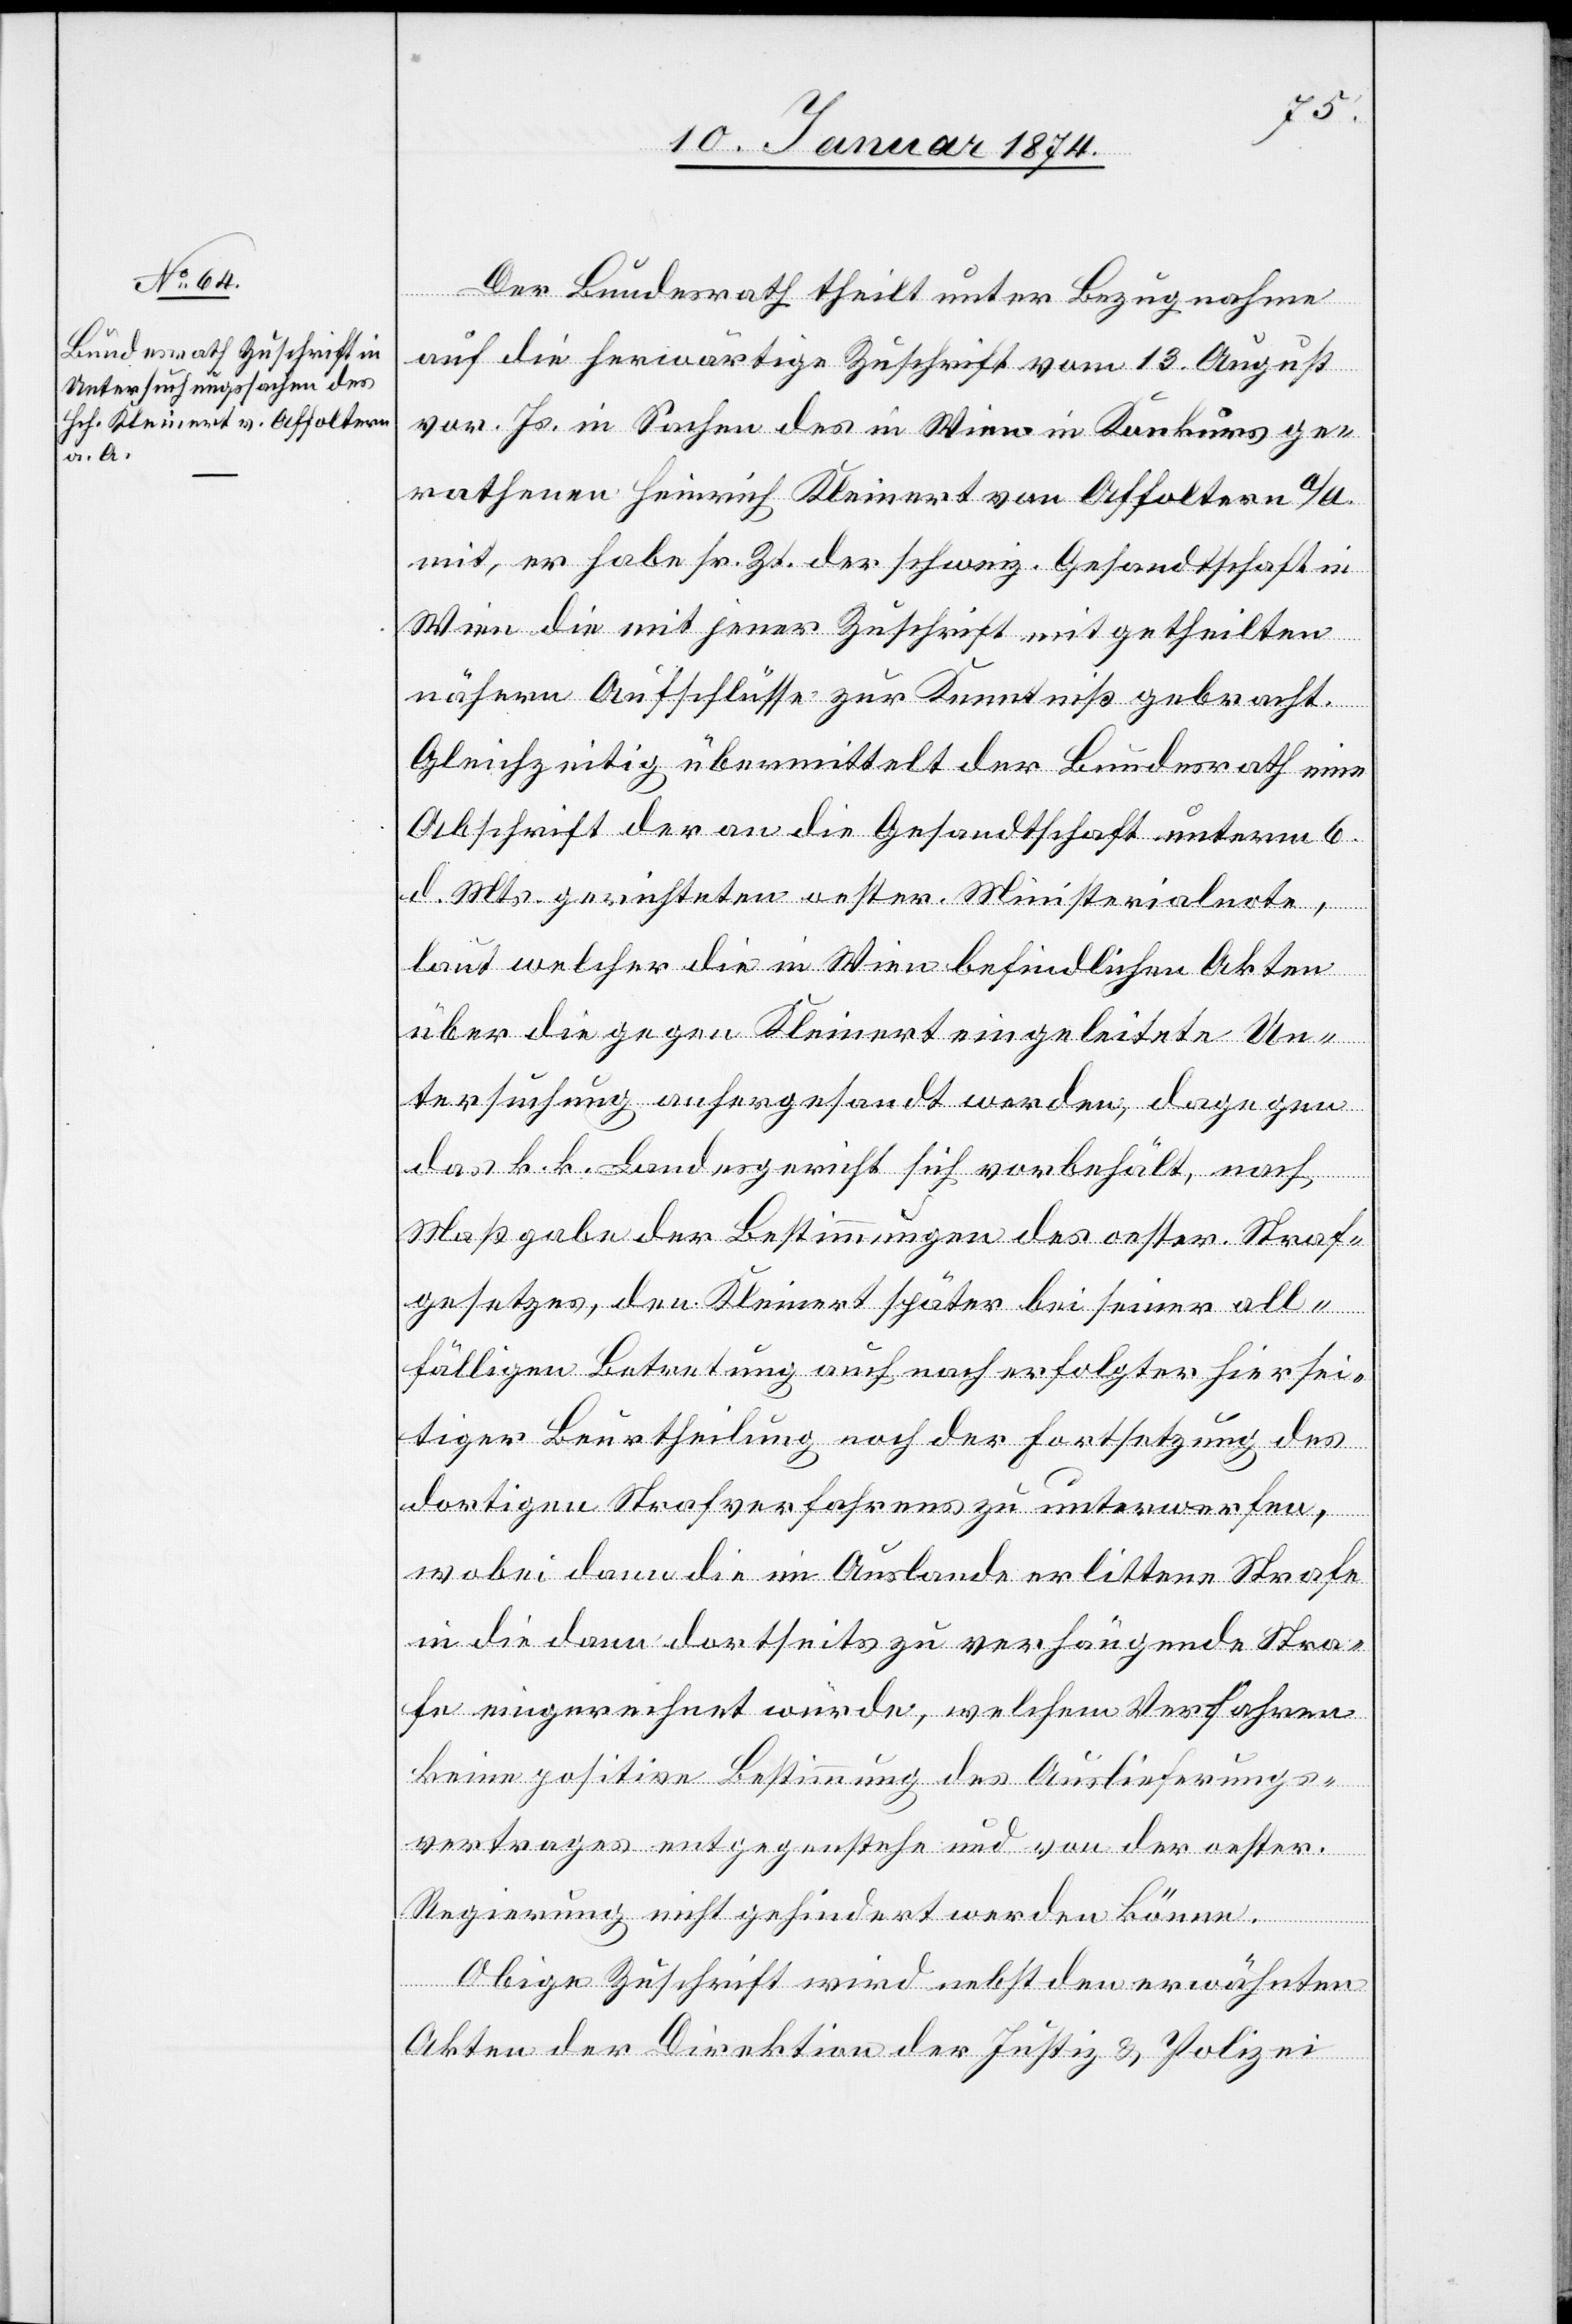
15. Januar 1874.]
Der Bundesrath theilt unter Bezugnahme
auf die herwärtige Zuschrift vom 13. August
vor. Js. in Sachen des in Wien in Konkurs ge¬
rathenen Heinrich Kleinert von Affoltern a/A.
mit, er habe sr. Zt. der schweiz. Gesandtschaft in
Wien die mit jener Zuschrift mitgetheilten
nähern Aufschlüsse zur Kenntniß gebracht.
Gleichzeitig übermittelt der Bundesrath eine
Abschrift der an die Gesandtschaft unterm 6.
d. Mts. gerichteten ersten Ministerialnote,
laut welcher die in Wien befindlichen Akten
über die gegen Kleinert eingeleitete Un¬
tersuchung anhergesandt werden, dagegen
das k. k. Bundesgericht sich vorbehält, nach
Maßgabe der Bestimmungen des oester. Straf¬
gesetzes, den Kleinert später bei seiner all¬
fälligen Betretung auch nach erfolgter hiersei¬
tiger Beurtheilung noch der Fortsetzung des
dortigen Strafverfahrens zu unterwerfen,
wobei dann die im Auslande erlittene Strafe
in die denn dortseits zu verhängende Stra¬
fe eingerechnet würde, welchem Verfahren
keine positive Bestimmung des Auslieferungs¬
vertrages entgegenstehe und von der oester.
Regierung nicht gehindert werden könne.
Obige Zuschrift wird nebst den erwähnten
Akten der Direktion der Justiz & Polizei